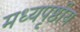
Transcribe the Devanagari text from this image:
मध्यपृष्ठीय